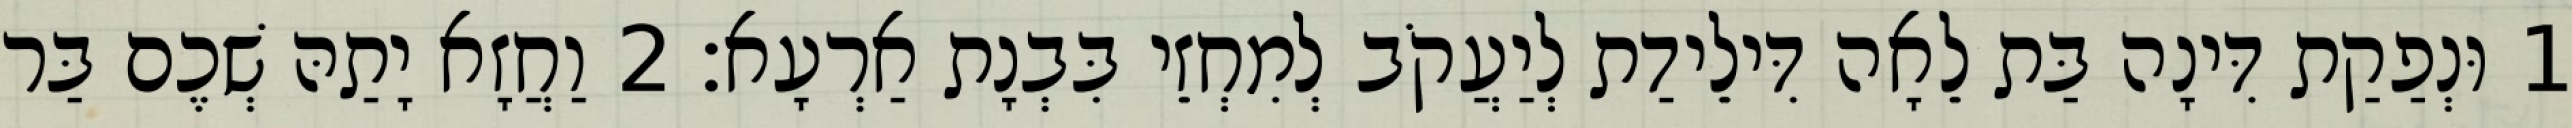
1 וּנְפַקַת דִּינָה בַּת לֵאָה דִּילֵידַת לְיַעֲקֹב לְמִחְזֵי בִּבְנָת אַרְעָא׃ 2 וַחֲזָא יָתַהּ שְׁכֶם בַּר